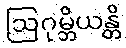
ဩဂုမ္ဘိယန္တိ